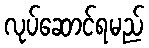
လုပ်ဆောင်ရမည်